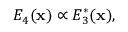
E _ { 4 } ( \mathbf { x } ) \propto E _ { 3 } ^ { * } ( \mathbf { x } ) ,